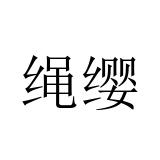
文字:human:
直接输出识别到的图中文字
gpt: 绳缨